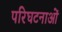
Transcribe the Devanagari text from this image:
परिघटनाओंं